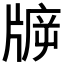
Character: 𤗙